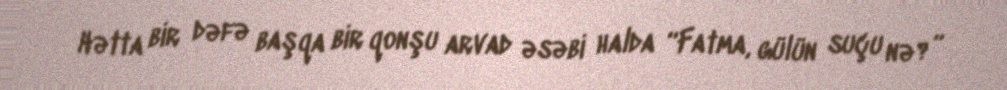
Hətta bir dəfə başqa bir qonşu arvad əsəbi halda “Fatma, gülün suçu nə?”